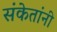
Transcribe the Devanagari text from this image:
संकेतांनी